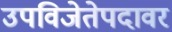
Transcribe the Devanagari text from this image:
उपविजेतेपदावर